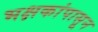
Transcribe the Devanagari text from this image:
भक्षकांपासून